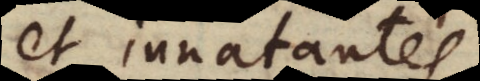
et innatantes